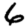
Digit: 6